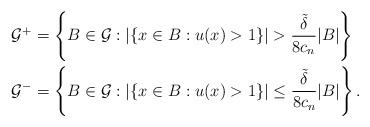
LaTeX: \begin{align*}& \mathcal G^+ = \left\{ B\in \mathcal G : |\{ x\in B : u(x)>1\} | > \frac {\tilde \delta}{8c_n} |B| \right\} \\ & \mathcal G^- = \left\{ B\in \mathcal G : |\{ x\in B : u(x)>1\} | \le \frac {\tilde \delta}{8c_n} |B| \right\}.\end{align*}